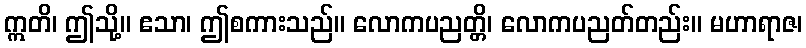
ဣတိ၊ ဤသို့။ ဧသာ၊ ဤစကားသည်။ လောကပညတ္တိ၊ လောကပညတ်တည်း။ မဟာရာဇ၊